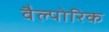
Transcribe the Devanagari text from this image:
वैल्पोरिक